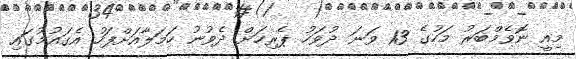
މިއީ ނޮވެމްބަރު މަހުގެ 13 ވަނަ ދުވަހު ޕެރިހަށް ދެވުނު ހަމަލާއަށްފަހު އެގައުމުގައި